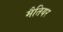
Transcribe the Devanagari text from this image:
मैतियर